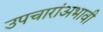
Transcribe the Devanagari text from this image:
उपचारांअभावी